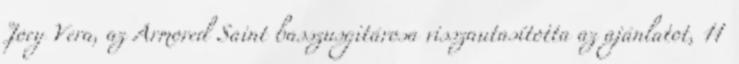
Joey Vera, az Armored Saint basszusgitárosa visszautasította az ajánlatot, 11